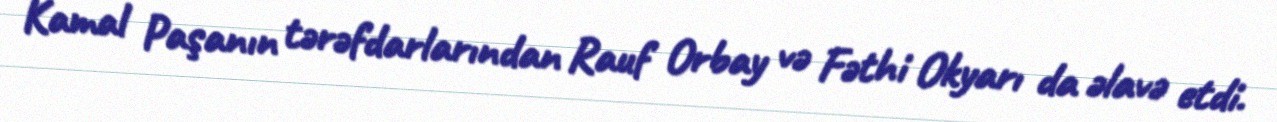
Kamal Paşanın tərəfdarlarından Rauf Orbay və Fəthi Okyarı da əlavə etdi.